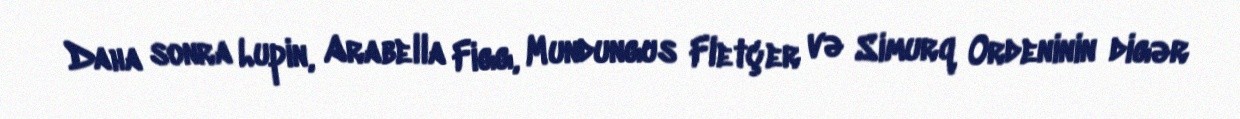
Daha sonra Lupin, Arabella Figg, Mundungus Fletçer və Simurq Ordeninin digər